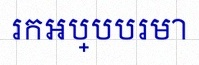
រកអប្បបរមា